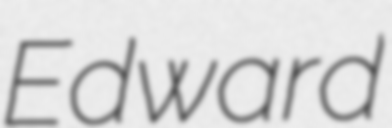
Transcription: Edward